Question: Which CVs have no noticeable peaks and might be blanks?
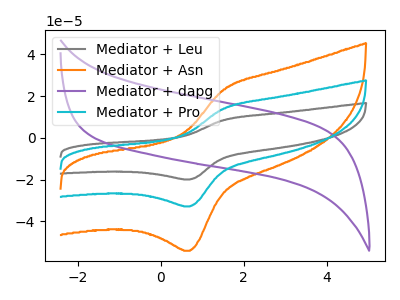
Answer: <think>The gray curve "Mediator + Leu" has an anodic peak at (1.50V, 28.20uA) and a cathodic peak at (0.70V, -65.60uA). The orange curve "Mediator + Asn" has an anodic peak at (1.50V, 23.25uA) and a cathodic peak at (0.70V, -54.05uA). The purple curve "Mediator + dapg" has no peaks. The cyan curve "Mediator + Pro" has an anodic peak at (1.50V, 14.10uA) and a cathodic peak at (0.70V, -32.80uA).</think>
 <answer>"Mediator + dapg" is likely to be a blank.</answer>
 <eval>Mediator + dapg</eval>